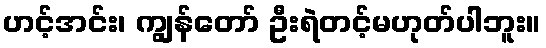
ဟင့်အင်း၊ ကျွန်တော် ဦးရဲတင့်မဟုတ်ပါဘူး။